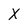
Character: X